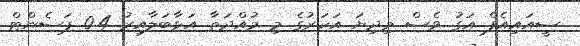
ސީއައިއެފް އަގު ވެސް މިދިޔަ އަހަރުގެ މި މުއްދަތާ އަޅާބަލާއިރު 0.4 ޕަސެންޓް